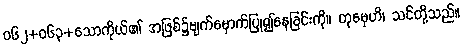
ဝ၆၂+၀၆၃+သောကိုယ်၏ အဖြစ်၌မျက်မှောက်ပြု၍နေခြင်းကို။ တုမှေဟိ၊ သင်တို့သည်။